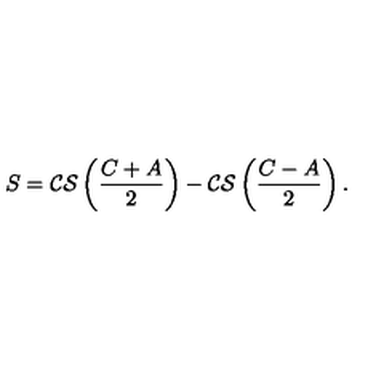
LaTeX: S = { \cal C S } \left( \frac { C + A } { 2 } \right) - { \cal C S } \left( \frac { C - A } { 2 } \right) .